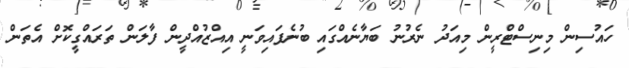
ހައުސިން މިނިސްޓްރީން މިއަދު ނެރުނު ބަޔާނެއްގައި ބުނެފައިވަނީ އިއްޒުއްދީން ފާލަން ތަރައްގީކޮށް އެތަން